Civil Veterinary Department ledger series I-VI
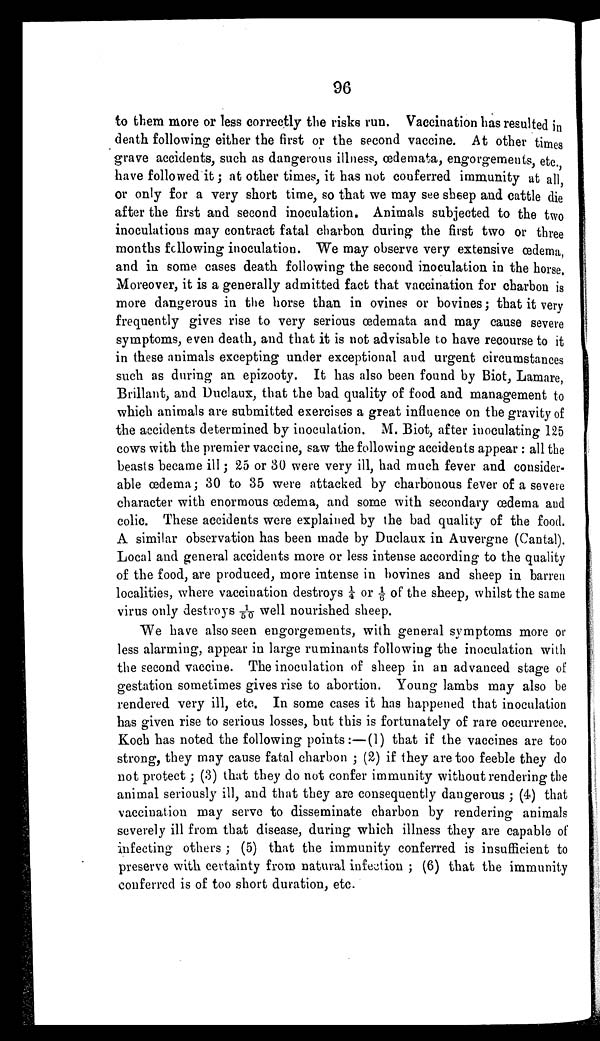
96
to them more or less correctly the risks run. Vaccination has resulted in
death following either the first or the second vaccine. At other times
grave accidents, such as dangerous illness, œdemata, engorgements, etc.,
have followed it; at other times, it has not conferred immunity at all,
or only for a very short time, so that we may see sheep and cattle die
after the first and second inoculation. Animals subjected to the two
inoculations may contract fatal charbon during the first two or three
months following inoculation. We may observe very extensive œdema,
and in some cases death following the second inoculation in the horse.
Moreover, it is a generally admitted fact that vaccination for charbon is
more dangerous in the horse than in ovines or bovines; that it very
frequently gives rise to very serious œdemata and may cause severe
symptoms, even death, and that it is not advisable to have recourse to it
in these animals excepting under exceptional and urgent circumstances
such as during an epizooty. It has also been found by Biot, Lamare,
Brillant, and Duclaux, that the bad quality of food and management to
which animals are submitted exercises a great influence on the gravity of
the accidents determined by inoculation. M. Biot, after inoculating 125
cows with the premier vaccine, saw the following accidents appear: all the
beasts became ill; 25 or 30 were very ill, had much fever and consider-
able œdema; 30 to 35 were attacked by charbonous fever of a severe
character with enormous oedema, and some with secondary œdema and
colic. These accidents were explained by the bad quality of the food.
A similar observation has been made by Duclaux in Auvergne (Cantal).
Local and general accidents more or less intense according to the quality
of the food, are produced, more intense in bovines and sheep in barren
localities, where vaccination destroys ¼ or 1/6 of the sheep, whilst the same
virus only destroys 1/50 well nourished sheep.
We have also seen engorgements, with general symptoms more or
less alarming, appear in large ruminants following the inoculation with
the second vaccine. The inoculation of sheep in an advanced stage of
gestation sometimes gives rise to abortion. Young lambs may also be
rendered very ill, etc. In some cases it has happened that inoculation
has given rise to serious losses, but this is fortunately of rare occurrence.
Koch has noted the following points:—(1) that if the vaccines are too
strong, they may cause fatal charbon; (2) if they are too feeble they do
not protect; (3) that they do not confer immunity without rendering the
animal seriously ill, and that they are consequently dangerous; (4) that
vaccination may servo to disseminate charbon by rendering animals
severely ill from that disease, during which illness they are capable of
infecting others; (5) that the immunity conferred is insufficient to
preserve with certainty from natural infection; (6) that the immunity
conferred is of too short duration, etc.